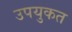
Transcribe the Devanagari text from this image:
उपयुकत